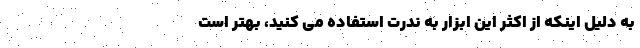
به دلیل اینکه از اکثر این ابزار به ندرت استفاده می کنید، بهتر است